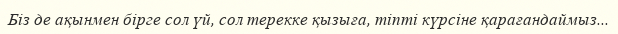
Біз де ақынмен бірге сол үй, сол терекке қызыға, тіпті күрсіне қарағандаймыз...